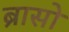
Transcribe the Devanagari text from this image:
ब्रासो